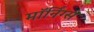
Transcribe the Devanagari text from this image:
मॉर्निंग्स